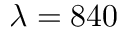
\lambda = 8 4 0